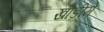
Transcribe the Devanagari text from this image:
खाड़ीमें